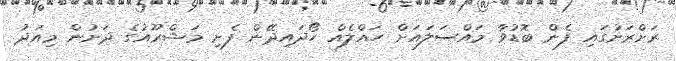
ރަށްރަށުގައި ފެން ބޮޑުވާ މައްސަލައަށް ހައްލެއް ހޯދައިދޭން ފެށި މަޝްރޫއުގެ ދަށުން މިއަދު